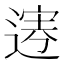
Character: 𨔎